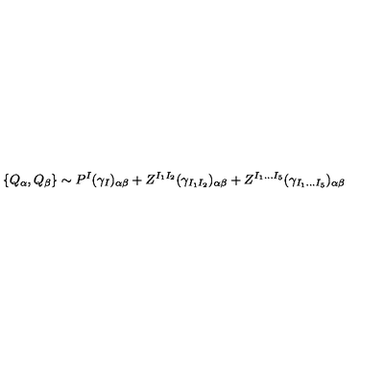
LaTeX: \{ Q _ { \alpha } , Q _ { \beta } \} \sim P ^ { I } ( \gamma _ { I } ) _ { \alpha \beta } + Z ^ { I _ { 1 } I _ { 2 } } ( \gamma _ { I _ { 1 } I _ { 2 } } ) _ { \alpha \beta } + Z ^ { I _ { 1 } \ldots I _ { 5 } } ( \gamma _ { I _ { 1 } \ldots I _ { 5 } } ) _ { \alpha \beta }